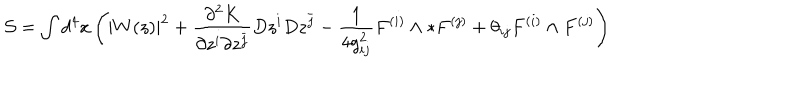
\mathcal { S } = \int d ^ { 4 } x \left( | W ( z ) | ^ { 2 } + \frac { \partial ^ { 2 } K } { \partial z ^ { i } \partial z ^ { \bar { j } } } D z ^ { i } D z ^ { \bar { j } } - \frac { 1 } { 4 g _ { i j } ^ { 2 } } F ^ { ( i ) } \wedge * F ^ { ( j ) } + \theta _ { i j } F ^ { ( i ) } \wedge F ^ { ( j ) } \right)